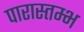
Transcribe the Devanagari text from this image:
पारास्तम्भ